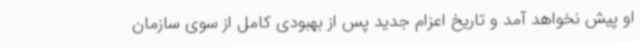
او پیش نخواهد آمد و تاریخ اعزام جدید پس از بهبودی کامل از سوی سازمان